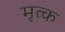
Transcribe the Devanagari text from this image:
मृत्क